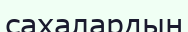
сахалардың